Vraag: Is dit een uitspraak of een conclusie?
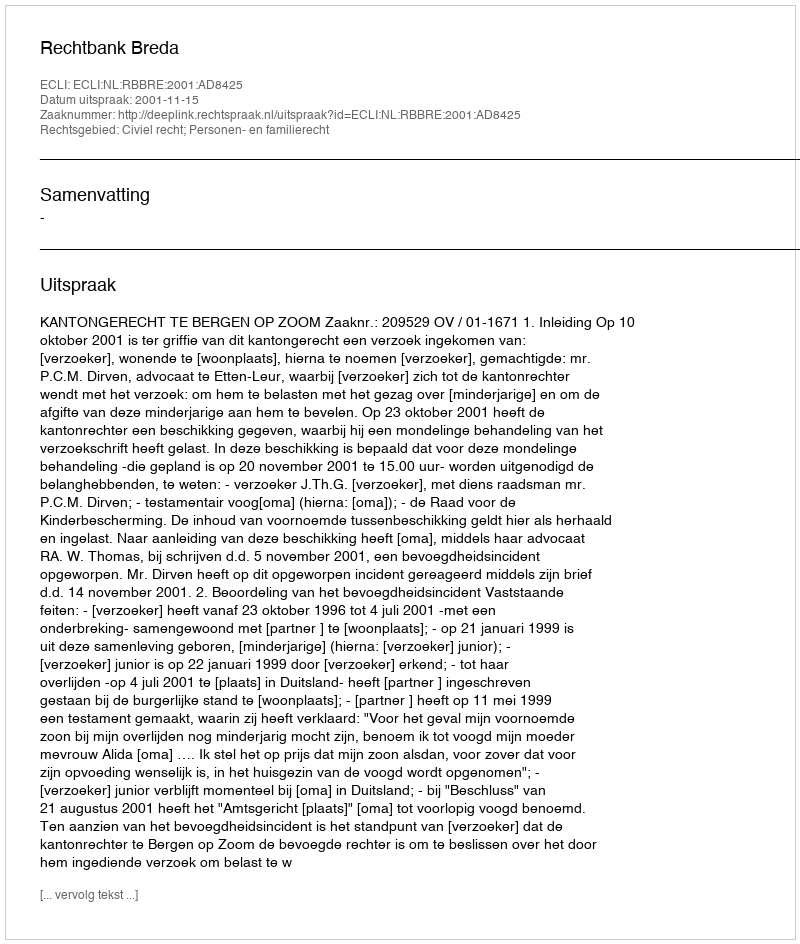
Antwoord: Uitspraak